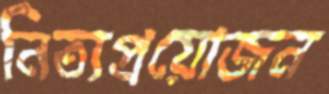
নিত্যপ্রয়োজন